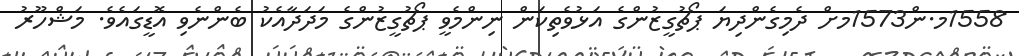
1558މ.ން1573މށް ދެމިގެންދިޔަ ޕޯޗުގީޒުންގެ އަޅުވެތިކަން ނިންމެވީ ޕޯޗުގީޒުންގެ މަދަދާއެކު ބެންނެވި އޮޑީގައެވެ. މަޝްހޫރު